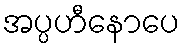
အပ္ပဟီနောပေ